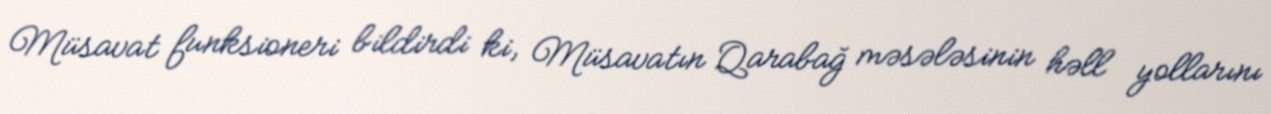
Müsavat funksioneri bildirdi ki, Müsavatın Qarabağ məsələsinin həll yollarını